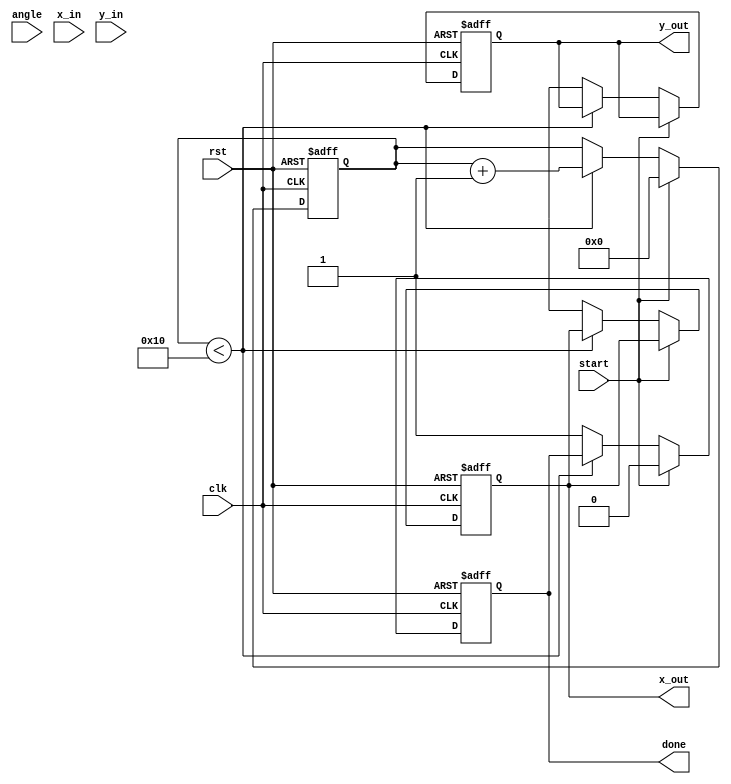
module cordic(
    input wire clk,
    input wire rst,
    input wire start,
    input wire [15:0] angle, // Input angle in fixed-point representation
    input wire [15:0] x_in,   // Input X vector
    input wire [15:0] y_in,   // Input Y vector
    output reg [15:0] x_out,  // Output X (cosine)
    output reg [15:0] y_out,  // Output Y (sine)
    output reg done           // Done signal
);

    parameter N = 16; // Number of iterations
    reg [15:0] x[N-1:0]; // X values at each iteration
    reg [15:0] y[N-1:0]; // Y values at each iteration
    reg [15:0] angles[N-1:0]; // Lookup table for atan(2^-i)
    reg [3:0] iter; // Iteration counter
    reg [15:0] current_angle; // Current angle
    reg [15:0] K; // Scaling factor
    
    initial begin
        // Initialize angles (fixed-point representation)
        angles[0] = 16'h26DD; // atan(1) = 45 degrees
        angles[1] = 16'h1C71; // atan(0.5) = 26.565 degrees
        angles[2] = 16'h13B2; // atan(0.25) = 14.036 degrees
        angles[3] = 16'h0A3D; // atan(0.125) = 7.125 degrees
        // ... Fill in the rest based on desired precision
        
        // Initialize scaling factor K (for N=16)
        K = 16'h1A0D; // Approximate value for scaling factor
    end

    always @(posedge clk or posedge rst) begin
        if (rst) begin
            iter <= 0;
            done <= 0;
            x_out <= 0;
            y_out <= 0;
        end else if (start) begin
            // Initialize input values
            x[0] <= x_in;
            y[0] <= y_in;
            current_angle <= angle;
            iter <= 0;
            done <= 0;
        end else if (iter < N) begin
            // CORDIC rotation logic
            if (current_angle >= 0) begin
                x[iter + 1] <= x[iter] - (y[iter] >> iter);
                y[iter + 1] <= y[iter] + (x[iter] >> iter);
                current_angle <= current_angle - angles[iter];
            end else begin
                x[iter + 1] <= x[iter] + (y[iter] >> iter);
                y[iter + 1] <= y[iter] - (x[iter] >> iter);
                current_angle <= current_angle + angles[iter];
            end
            iter <= iter + 1;
        end else begin
            // Final output
            x_out <= x[N];
            y_out <= y[N];
            done <= 1;
        end
    end
endmodule